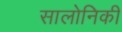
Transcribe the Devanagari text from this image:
सालोनिकी